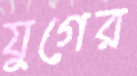
যুগের